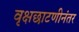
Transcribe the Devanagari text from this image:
वृक्षछाटणीनंतर